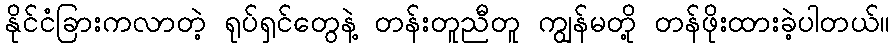
နိုင်ငံခြားကလာတဲ့ ရုပ်ရှင်တွေနဲ့ တန်းတူညီတူ ကျွန်မတို့ တန်ဖိုးထားခဲ့ပါတယ်။